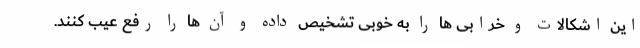
این اشکالات و خرابی ها را به خوبی تشخیص داده و آن ها را رفع عیب کنند.